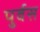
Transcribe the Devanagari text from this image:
पुर्वस